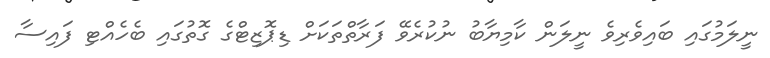
ނީލަމުގައި ބައިވެރިވެ ނީލަން ކާމިޔާބު ނުކުރެވޭ ފަރާތްތަކަށް ޑިޕޮޒިޓްގެ ގޮތުގައި ބެހެއްޓި ފައިސާ